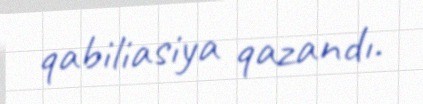
qabiliasiya qazandı.